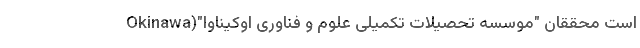
است محققان "موسسه تحصیلات تکمیلی علوم و فناوری اوکیناوا"(Okinawa